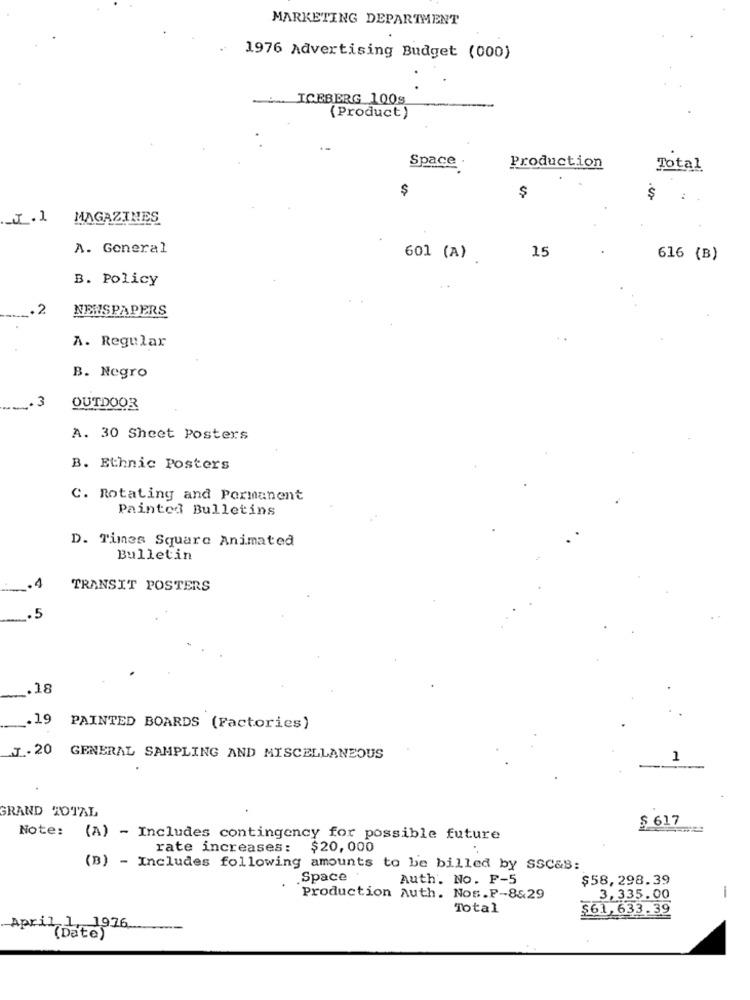
MARKETING DEPARTMENT
1976 Advertising Budget (000)
ICEBERG 1005
(Product)
Space .
Production
Total
$
$
$
-J.1
MAGAZINES
A. General
15
601 (A)
616 (B)
B. Policy
2
NEWSPAPERS
A. Regular
B. Negro
3
OUTDOOR
A. 30 Sheet Posters
B. Ethnic Posters
C. Rotating and Permanent
Painted Bulletins
D. Times Square Animated
Bulletin
.4
TRANSIT POSTERS
.5
.18
-
.19 PAINTED BOARDS (Factories)
.J. 20
GENERAL SAMPLING AND MISCELLANEOUS
1
GRAND TOTAL
$ 617
Note: (A) - Includes contingency for possible future
rate increases: $20, 000
(B) - Includes following amounts to be billed by SSC&B:
.Space
Auth. No. F-5
$58,298.39
.
Production Auth. Nos.P-8&29
3,335.00
-
Total
$61,633.39
April 1, 1976
(Date)